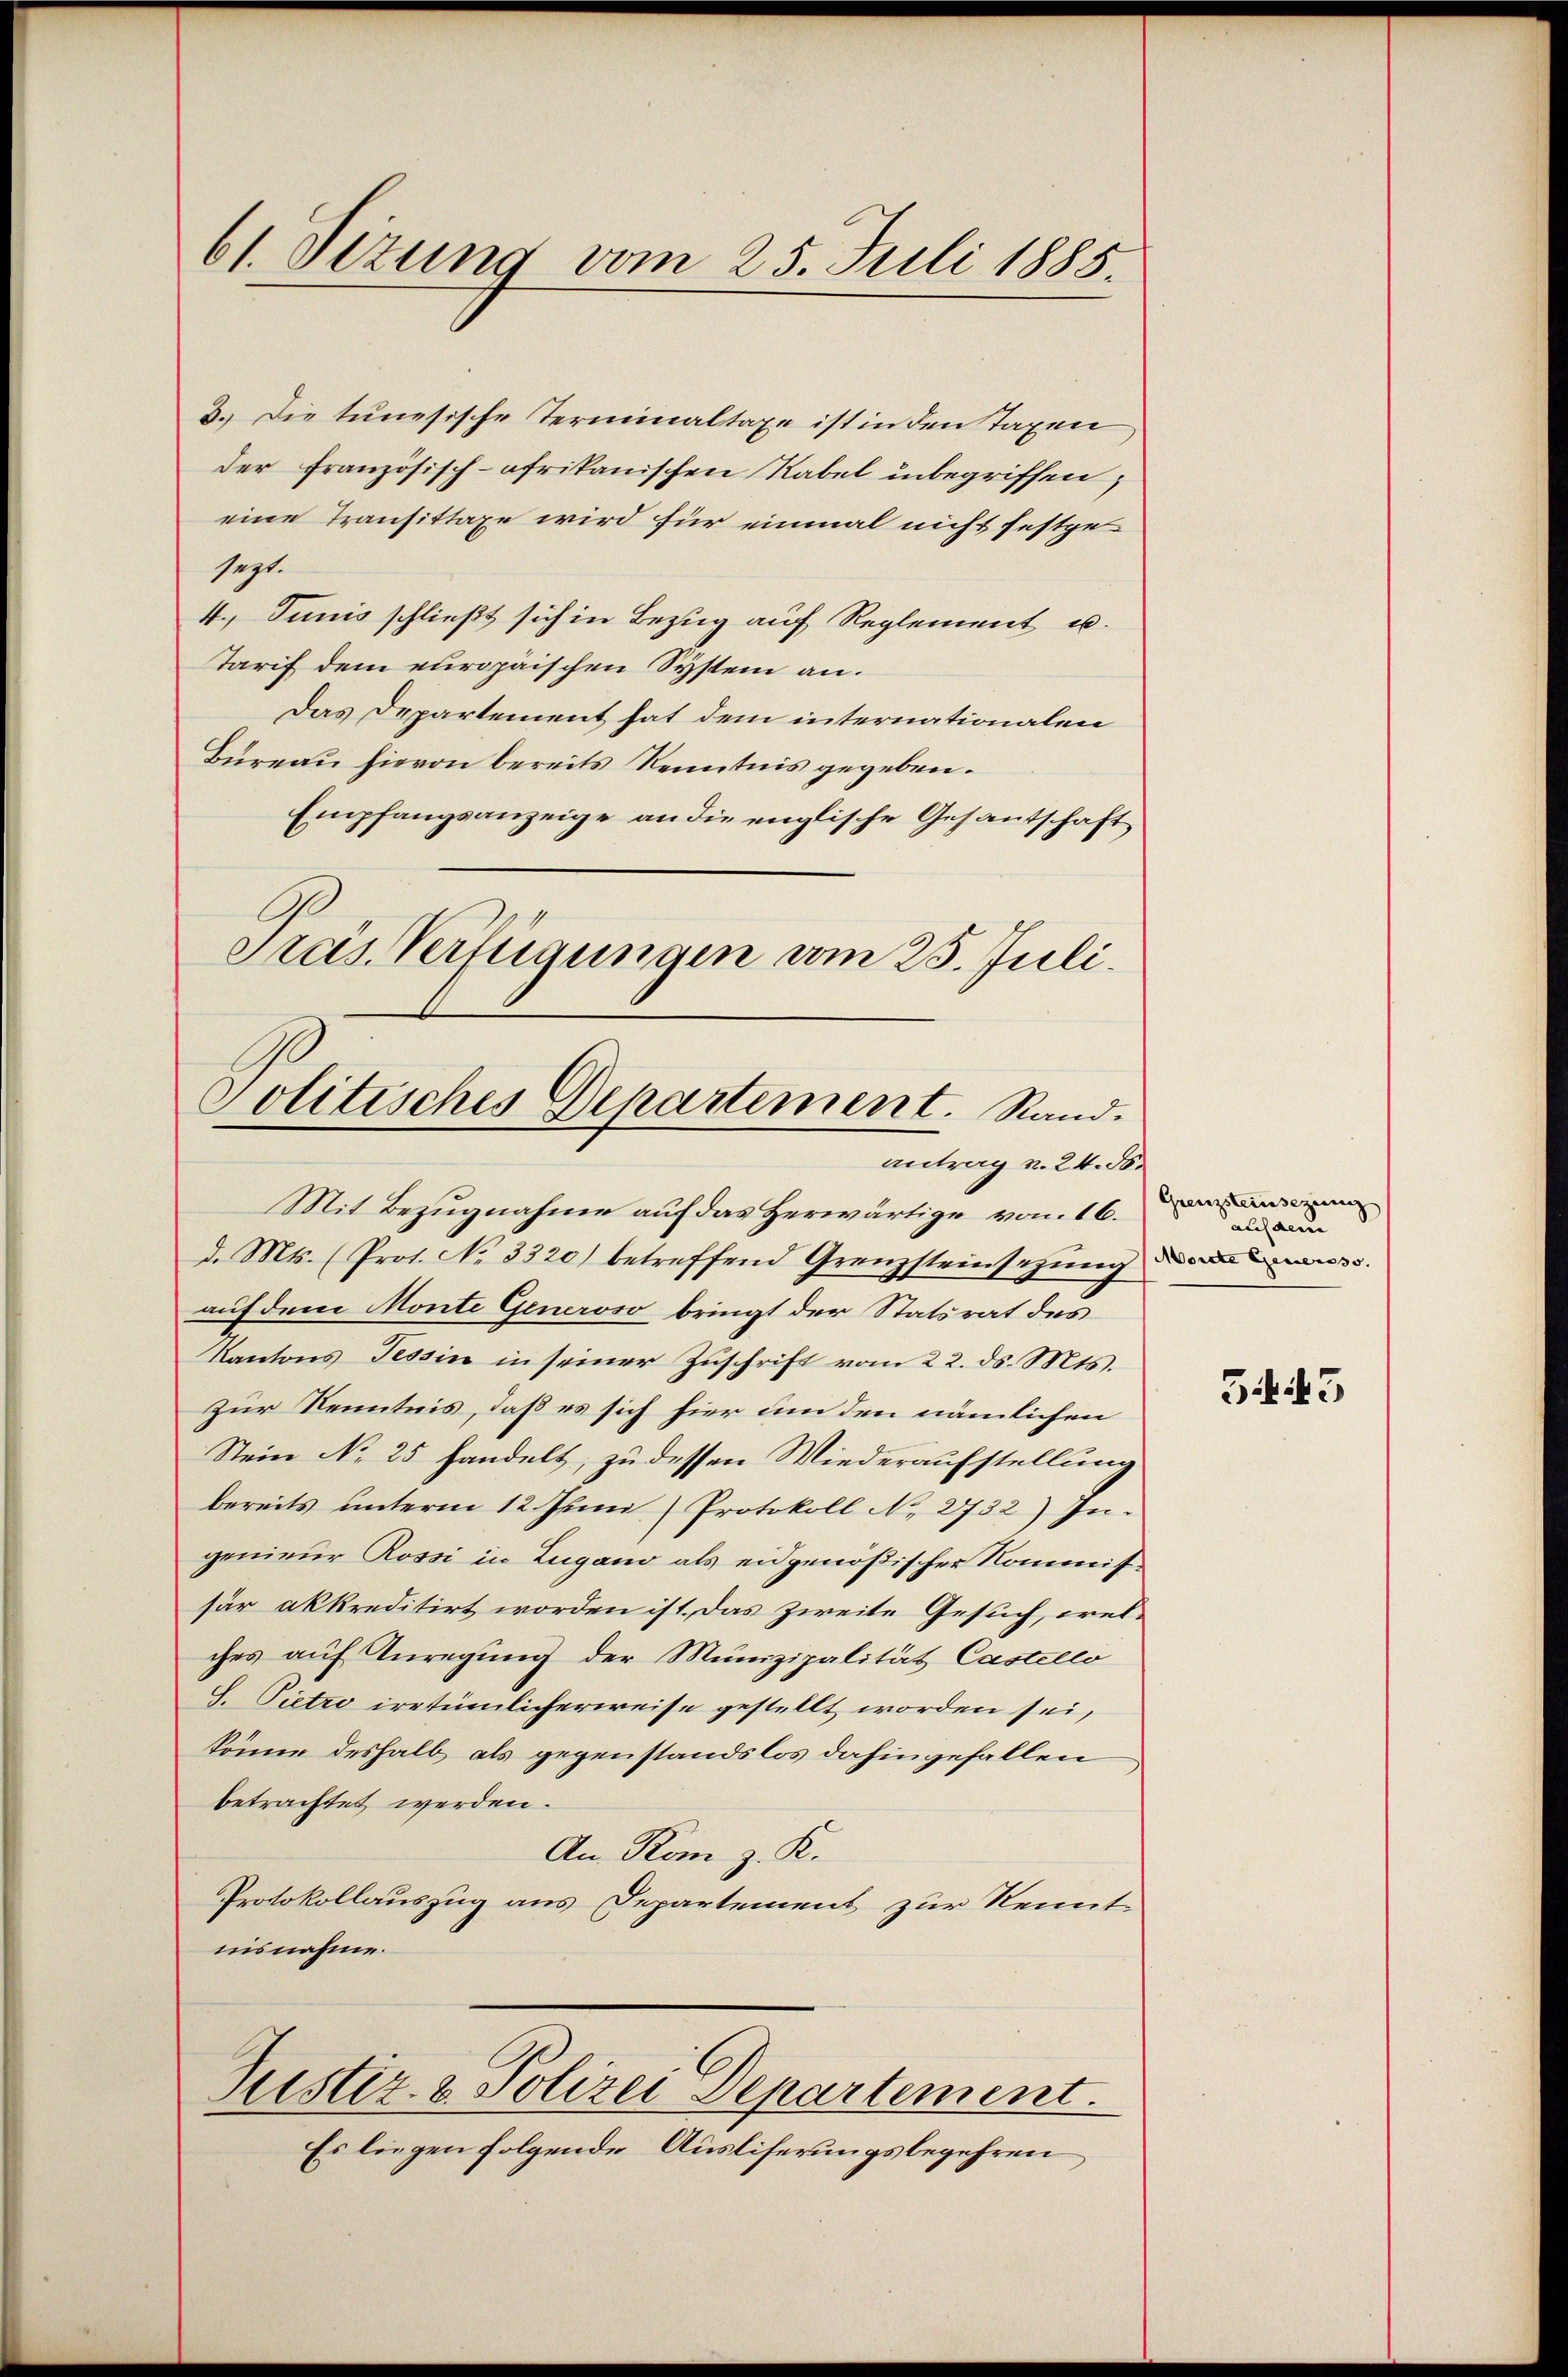
61. Sizung vom 25. Juli 1885.

3. Die tunesische Terminaltaxe ist in den Taxen
der französisch-ofrikanischen Rabel inbegriffen,
eine Transittaxe wird für einmal nicht festgesezt.
4. Junis schließt sich in Bezug auf Reglement u.
Tarif dem europäischen System an.
Das Departement hat dem internationalen
Bureau hievon bereits Kenntnis gegeben.
Empfangsanzeige an die englische Gesantschaft
Pras Verfügungen vom 25. Juli.

Politisches Departement. Stand.
antrag v. 24. ds.

Mit Bezugnahme auf das Herwärtige von 16.
d. Mts. (Prot. No 3320) betreffend Grenzsteinsezung des
auf dem Monte Generoso bringt der Statsrat des
Kantons Tessin in seiner Zŭschrift vom 22. ds. Mts.
zur Kenntnis, daß es sich hier um den nämlichen
Stein No 25 handelt, zu dessen Wiederaufstellung
bereits unterm 12. Juni (Protokoll No 2732) Ingenieur Rossi in Zugano als eidgenößischen Kommissär akkreditirt worden ist. Das zweite Gesuch, wel-
ches auf Anregung der Munizipalität Castello
S. Pietro irrtümlicherweise gestellt worden sei,
könne deshalb als gegenstandslos dahingefallen
betrachtet werden.
An Rom z. K.
Protokollauszug aus Departement zur Kennt
nisnahme.
Ristiz- & Polizei Departement.
Es liegen folgende Ausliferungsbegehren

Grenzsteinsezung
ausaem

5445